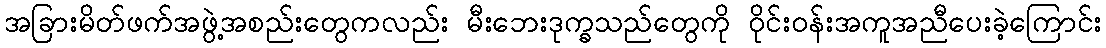
အခြားမိတ်ဖက်အဖွဲ့အစည်းတွေကလည်း မီးဘေးဒုက္ခသည်တွေကို ဝိုင်းဝန်းအကူအညီပေးခဲ့ကြောင်း